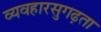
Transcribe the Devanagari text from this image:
व्यवहारसुगढ़ता